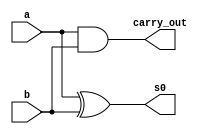
// ------------------------- 
// Exemplo00038 - FULL ADDER 
// Nome: Marcio Santana Correa 
// ------------------------- 

// ------------------------- 
// half adder 
// ------------------------- 
	
	module halfAdder( s0,carry_out, a, b);
	
	input a, b;
	output s0, carry_out;
	
	xor XOR1(s0, a, b);
	and AND1(carry_out, a, b);

	endmodule 

// ------------------------- 
// half Subtractor
// ------------------------- 
	
	module halfSub( s0,s1, a, b);
	
	input a, b;
	output s0, s1;
	
	xor XOR1(s0, a, b);
	and AND1(s1, ~a, b);

	endmodule 
	
// ------------------------- 
// full Subtractor
// -------------------------	
	
	module fullSub(s0, s1, a, b, c);
	
	input a, b, c;
	output s0, s1;
	wire f0, f1, f2;
	
	halfAdder HA1(f0, f1, a, b);
	halfAdder HA2(s0, f2, c, f0);
	or OR1(s1, f2, f1);
	
	endmodule
	

// ------------------------- 
// full subtractor 4 bits
// -------------------------	
	

	module fullSub4 (output [3:0]s,
	output carryOut, 
	input [3:0]a, 
	input [3:0]b); 
	
	// descrever por portas
	wire carry_in;
	wire carry_in1;
	wire carry_in2;
	
	
	halfSub HS1(s[0], carry_in, a[0], b[0]);
	fullSub FS1(s[1], carry_in1, a[1], b[1], carry_in);
	fullSub FS2(s[2], carry_in2, a[2], b[2], carry_in1);	
	fullSub FS3(s[3], carryOut, a[3], b[3],carry_in2);
	
	

// descrever por portas 
	endmodule // fullSub 
	module test_fullSub4; 

// ------------------------- definir dados 
	reg [3:0] x; 
	reg [3:0] y; 
	reg carry; 
	wire [3:0] sub; 
// ------------------------- parte principal 
	initial begin 
	$display("Exemplo00039 - Marcio Santana Correa - 345368"); 
	$display("Test ALU's full subtractor"); 

// projetar testes do sobtrator complete 
	
	#1 x = 1101; y = 0001;
	
	$monitor("x = %3b \t y = %3b\t  saida = %3b\n",x,y,sub);
	#1 x = 0001; y = 0001;
	#1 x = 0011; y = 0001;
	#1 x = 1110; y = 1100;  
	
end 
endmodule // test_fullAdder